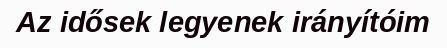
Az idősek legyenek irányítóim